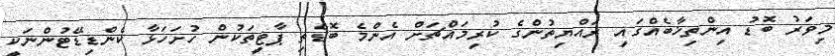
މިވަރު ބޮޑު އިންތިޚާބެއްގައި ރައްޔިތުންގެ ކުރިމައްޗަށް އެންމެ ބޮޑެތި ޕާޓީތަކުން ހުށަހަޅާ ކެންޑިޑޭޓުންނަކީ